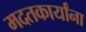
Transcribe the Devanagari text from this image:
मदतकार्यांना